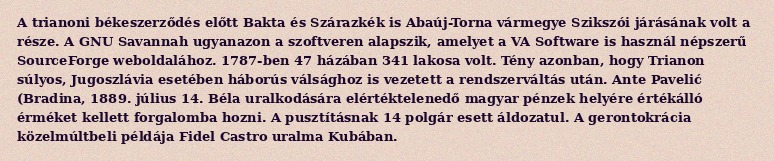
A trianoni békeszerződés előtt Bakta és Szárazkék is Abaúj-Torna vármegye Szikszói járásának volt a része. A GNU Savannah ugyanazon a szoftveren alapszik, amelyet a VA Software is használ népszerű SourceForge weboldalához. 1787-ben 47 házában 341 lakosa volt. Tény azonban, hogy Trianon súlyos, Jugoszlávia esetében háborús válsághoz is vezetett a rendszerváltás után. Ante Pavelić (Bradina, 1889. július 14. Béla uralkodására elértéktelenedő magyar pénzek helyére értékálló érméket kellett forgalomba hozni. A pusztításnak 14 polgár esett áldozatul. A gerontokrácia közelmúltbeli példája Fidel Castro uralma Kubában.